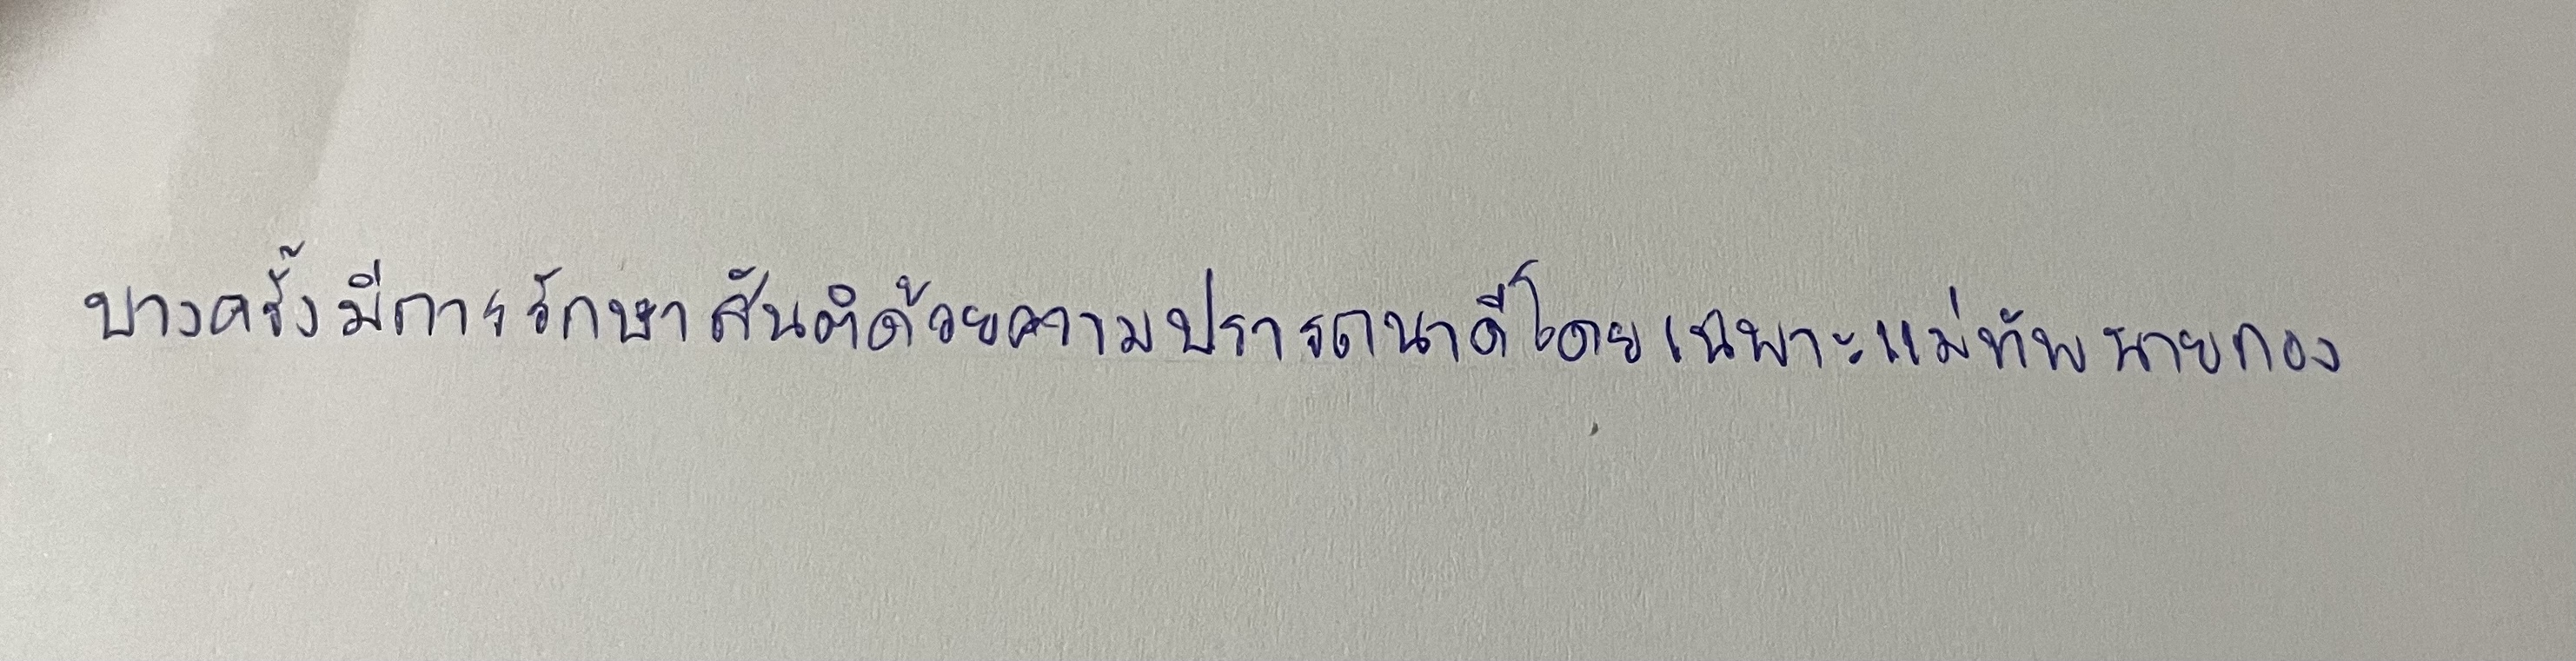
บางครั้งมีการรักษาสันติด้วยความปรารถนาดีโดยเฉพาะแม่ทัพนายกอง